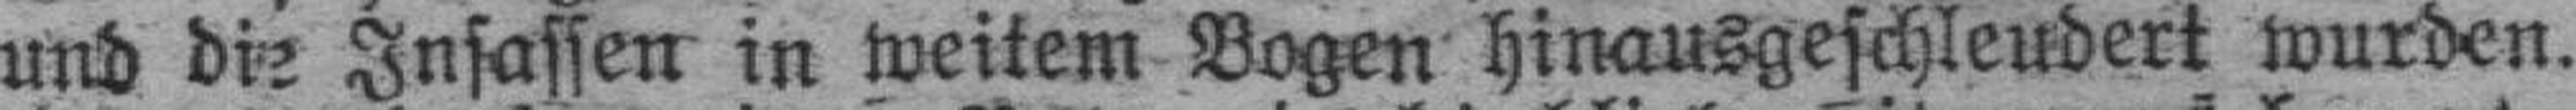
und die Insassen in weitem Bogen hinausgeschleudert wurden.